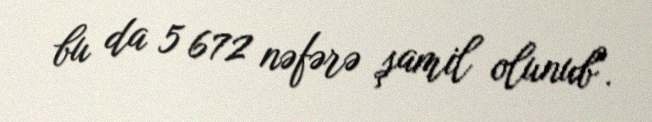
bu da 5 672 nəfərə şamil olunub".